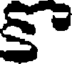
కా